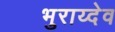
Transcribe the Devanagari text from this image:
भुराय्देव